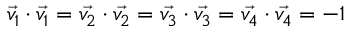
\vec { v _ { 1 } } \cdot \vec { v _ { 1 } } = \vec { v _ { 2 } } \cdot \vec { v _ { 2 } } = \vec { v _ { 3 } } \cdot \vec { v _ { 3 } } = \vec { v _ { 4 } } \cdot \vec { v _ { 4 } } = - 1